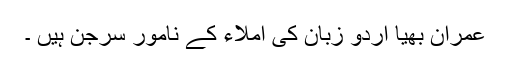
عمران بھیا اردو زبان کی املاء کے نامور سرجن ہیں ۔